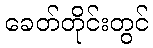
ခေတ်တိုင်းတွင်